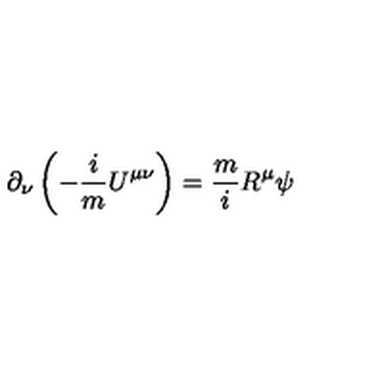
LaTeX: \partial _ { \nu } \left( - \frac { i } { m } U ^ { \mu \nu } \right) = \frac { m } { i } R ^ { \mu } \psi